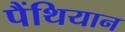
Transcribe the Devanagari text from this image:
पैंथियान